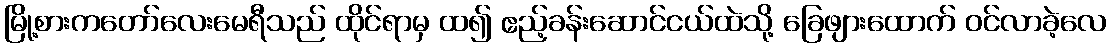
မြို့စားကတော်လေးမေရီသည် ထိုင်ရာမှ ထ၍ ဧည့်ခန်းဆောင်ငယ်ထဲသို့ ခြေဖျားထောက် ဝင်လာခဲ့လေ